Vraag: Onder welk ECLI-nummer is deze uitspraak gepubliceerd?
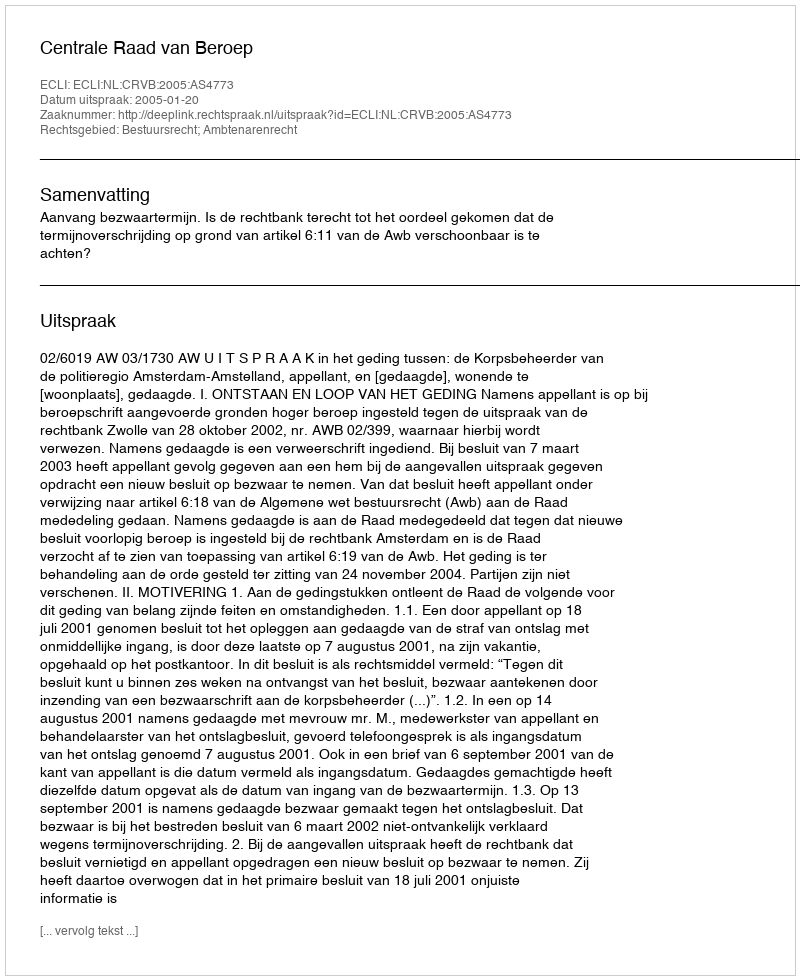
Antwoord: ECLI:NL:CRVB:2005:AS4773